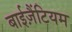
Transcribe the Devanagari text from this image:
बाईज़ैंटियम